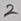
Text: 2